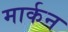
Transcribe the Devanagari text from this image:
मार्कन